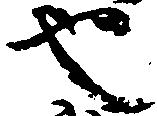
也